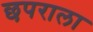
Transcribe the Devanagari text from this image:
छपराला